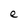
Character: e